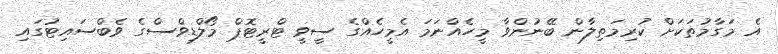
އެ މަގާމުތަކަށް ކުރިމަތިލާން ބޭނުންވާ މީހެއްނަމަ އެމީހެއްގެ ސީވީ ޓްރީޓޮޕް މޯލްޑިވްސްގެ ވެބްސައިޓުގައި